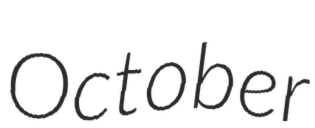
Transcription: October